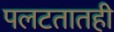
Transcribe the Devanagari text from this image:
पलटतातही